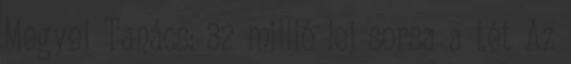
Megyei Tanács: 32 millió lej sorsa a tét Az